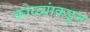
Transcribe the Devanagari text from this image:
कोळ्यांकडून